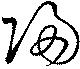
帰